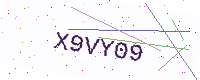
Text: X9VY09